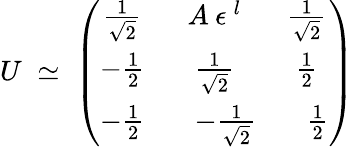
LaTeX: U\; \simeq\; \left(\begin{array}{ccc}{{\frac{1}{\sqrt{2}}}}&{{A\: \epsilon^{\: l}}}&{{\frac{1}{\sqrt{2}}}}\\ {{-\frac{1}{2}}}&{{\frac{1}{\sqrt{2}}}}&{{\frac{1}{2}}}\\ {{-\frac{1}{2}}}&{{\; \; \: -\frac{1}{\sqrt{2}}}}&{{\; \; \: \frac{1}{2}}}\end{array}\right)